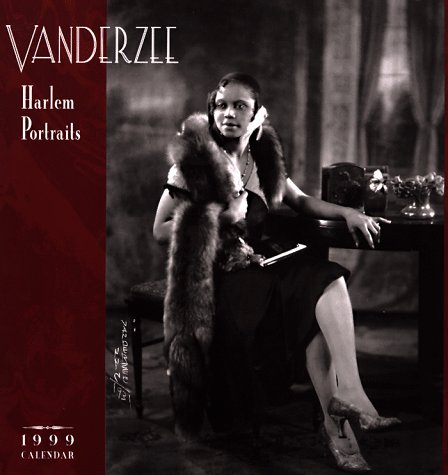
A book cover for Cal 99 Vanderzee Calendar: Harlem Portraits; Pomegranate Publishers; Calendars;